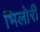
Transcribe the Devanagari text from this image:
भिलोरी